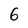
Character: 6